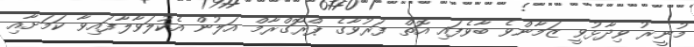
މުނީރު ވިދާޅުވީ ޒަމާންވެ ބާވެފައި އޮތް ފަރުވާގެ ޕްރޮގްރާމް އަލުން އެކުލަވާލާފައިވާ ކަމަށާއި